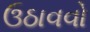
ઉઠાવવો